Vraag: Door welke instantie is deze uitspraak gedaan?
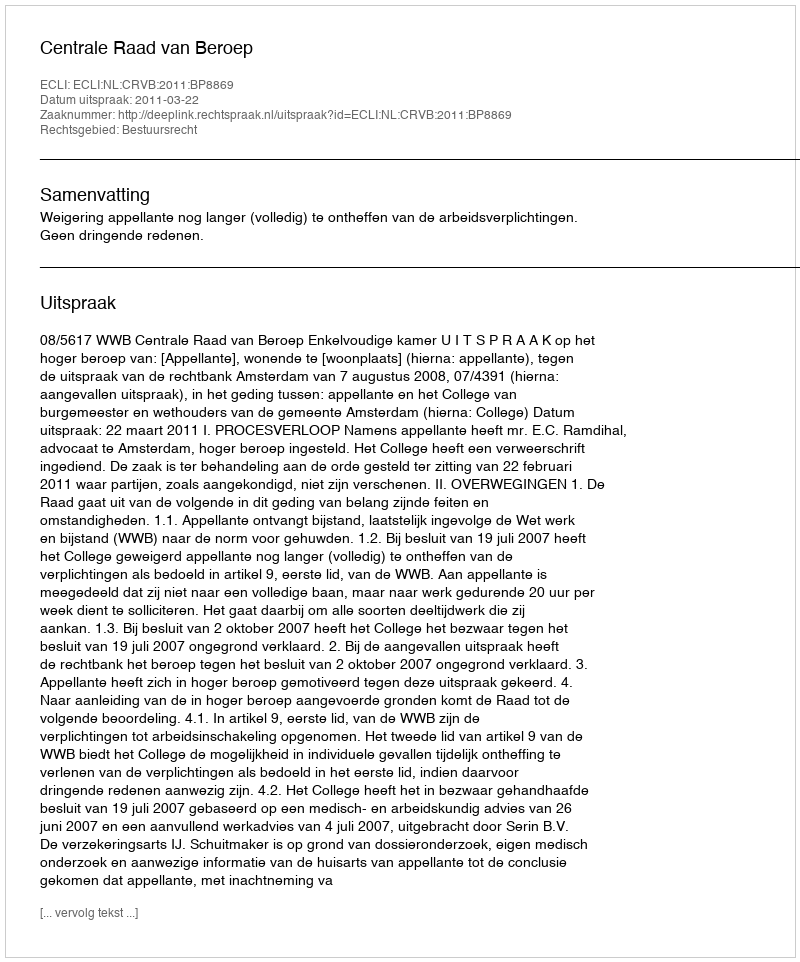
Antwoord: Centrale Raad van Beroep